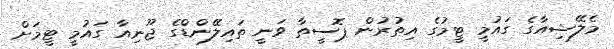
މެލޭޝިއާގެ ގައުމީ ޓީމުގެ އިތުރުން ޕޮސީތާ ވަނީ ތައިލޭންޑްގެ ޖޫނިއާ ގައުމީ ޓީމަށް